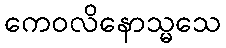
ကေဝလိနောသ္မသေ